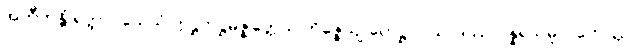
အတီတန္တိ ရတ္တာဝသေသံ ဣဋ္ဌဣဋ္ဌမဇ္ဈတ္တေသု ဘိဇ္ဇေယျ ဟေဋ္ဌာပါသာဒဿ ပန္နရသမူလကေ လ္တု